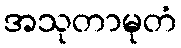
အသုတာမုတံ